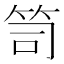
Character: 笥